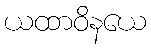
ယထာဝိနယေ